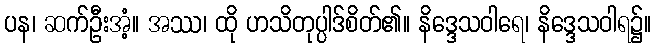
ပန၊ ဆက်ဦးအံ့။ အဿ၊ ထို ဟသိတုပ္ပါဒ်စိတ်၏။ နိဒ္ဒေသဝါရေ၊ နိဒ္ဒေသဝါရ၌။